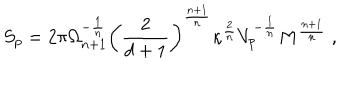
LaTeX: S _ { p } = 2 \pi \Omega _ { n + 1 } ^ { - \frac { 1 } { n } } \left( \frac { 2 } { d + 1 } \right) ^ { \frac { n + 1 } { n } } \kappa ^ { \frac { 2 } { n } } V _ { p } ^ { - \frac { 1 } { n } } M ^ { \frac { n + 1 } { n } } ~ ,